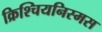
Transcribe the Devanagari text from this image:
क्रिश्चियनिस्मस